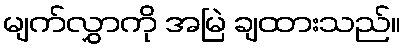
မျက်လွှာကို အမြဲ ချထားသည်။